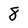
Character: 8